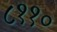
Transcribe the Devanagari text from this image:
८११०